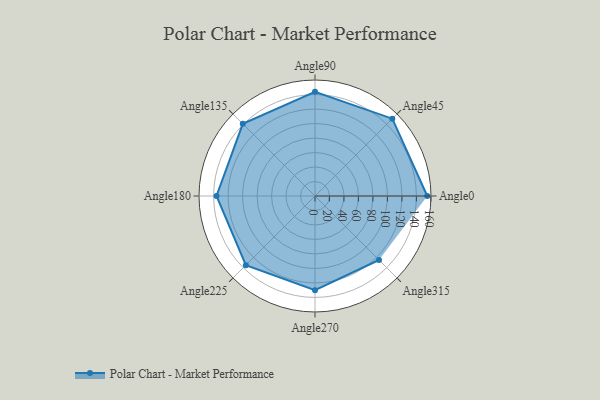
{"axis": {"x": "Angle", "y": "Radius"}, "legend": [""], "data": [{"x": "Angle0", "y": 155.0, "type": ""}, {"x": "Angle45", "y": 151.0, "type": ""}, {"x": "Angle90", "y": 144.0, "type": ""}, {"x": "Angle135", "y": 141.0, "type": ""}, {"x": "Angle180", "y": 136.0, "type": ""}, {"x": "Angle225", "y": 135.0, "type": ""}, {"x": "Angle270", "y": 130.0, "type": ""}, {"x": "Angle315", "y": 125.0, "type": ""}]}